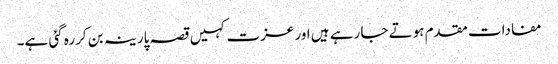
مفادات مقدم ہوتے جا رہے ہیں اور عزت کہیں قصہ پارینہ بن کررہ گئی ہے۔